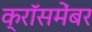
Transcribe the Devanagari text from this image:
क्रॉसमेंबर